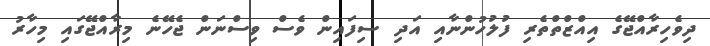
ދިވެހިރާއްޖޭގެ އިއްޒްތްތެރި ފުލުހުންނާއި އަދި ސިފައިން ވެސް ވިސްނަން ޖެހޭނެ މިރާއްޖޭގައި މިހާރު